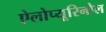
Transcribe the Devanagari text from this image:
ऐलोप्यूरिनौल